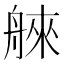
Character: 𦩑